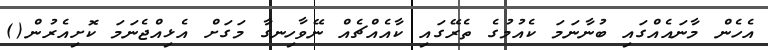
އެހެން މާނައެއްގައި ބުނާނަމަ ކެއުމުގެ ތެރޭގައި ކާއެއްޗެއް ނޭވާހިނގާ މަގަށް އެޅިއްޖެނަމަ ކޮށިއެރުން()